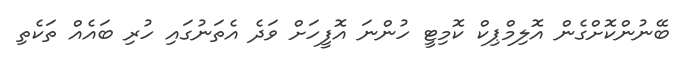
ބޭނުންކޮށްގެން އޮލިމްޕިކް ކޮމިޓީ ހުންނަ އޮފީހަށް ވަދެ އެތަނުގައި ހުރި ބައެއް ތަކެތި